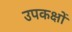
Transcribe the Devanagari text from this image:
उपकक्षों